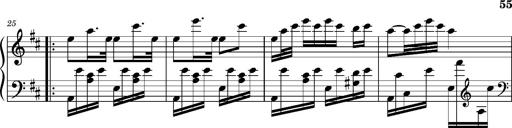
Title: Ungarischer Romanzero
Composer: Franz Liszt